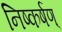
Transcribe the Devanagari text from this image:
निष्कर्षण्